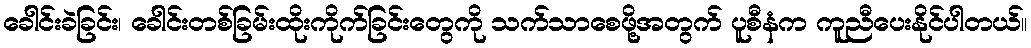
ခေါင်းခဲခြင်း၊ ခေါင်းတစ်ခြမ်းထိုးကိုက်ခြင်းတွေကို သက်သာစေဖို့အတွက် ပူစီနံက ကူညီပေးနိုင်ပါတယ်။